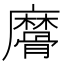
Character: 䯢